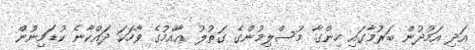
އަދި އަމުދުން ބަރުމާގައި ހިންގާ މުސްލިމުންގެ ގަތުލު ޢާއްމުގެ ވާހަކަ ދައްކާނެ ކުޑަމިނުން